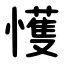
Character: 㦜